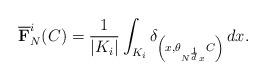
LaTeX: \begin{align*} \overline{\mathbf{F}}_{N}^{i}(C) = \frac{1}{|K_{i}|} \int_{K_{i}} \delta_{\left( x, \theta_{N^{\frac{1}{d}} x} C \right)}\, dx.\end{align*}